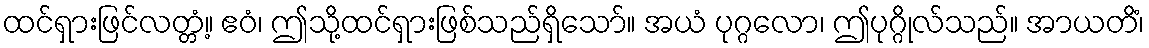
ထင်ရှားဖြင်လတ္တံ့။ ဧဝံ၊ ဤသို့ထင်ရှားဖြစ်သည်ရှိသော်။ အယံ ပုဂ္ဂလော၊ ဤပုဂ္ဂိုလ်သည်။ အာယတိံ၊